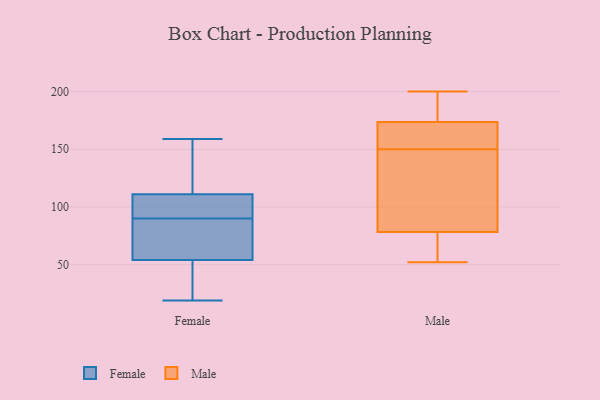
{"axis": {"x": "Tickets Resolved", "y": "Value"}, "legend": ["Female", "Male"], "data": [{"x": "", "y": 42, "type": "Female"}, {"x": "", "y": 67, "type": "Female"}, {"x": "", "y": 96, "type": "Female"}, {"x": "", "y": 91, "type": "Female"}, {"x": "", "y": 54, "type": "Female"}, {"x": "", "y": 129, "type": "Female"}, {"x": "", "y": 111, "type": "Female"}, {"x": "", "y": 66, "type": "Female"}, {"x": "", "y": 109, "type": "Female"}, {"x": "", "y": 19, "type": "Female"}, {"x": "", "y": 159, "type": "Female"}, {"x": "", "y": 37, "type": "Female"}, {"x": "", "y": 154, "type": "Female"}, {"x": "", "y": 89, "type": "Female"}, {"x": "", "y": 78, "type": "Male"}, {"x": "", "y": 199, "type": "Male"}, {"x": "", "y": 173, "type": "Male"}, {"x": "", "y": 65, "type": "Male"}, {"x": "", "y": 112, "type": "Male"}, {"x": "", "y": 194, "type": "Male"}, {"x": "", "y": 178, "type": "Male"}, {"x": "", "y": 72, "type": "Male"}, {"x": "", "y": 174, "type": "Male"}, {"x": "", "y": 156, "type": "Male"}, {"x": "", "y": 60, "type": "Male"}, {"x": "", "y": 158, "type": "Male"}, {"x": "", "y": 79, "type": "Male"}, {"x": "", "y": 161, "type": "Male"}, {"x": "", "y": 200, "type": "Male"}, {"x": "", "y": 114, "type": "Male"}, {"x": "", "y": 104, "type": "Male"}, {"x": "", "y": 150, "type": "Male"}, {"x": "", "y": 52, "type": "Male"}]}